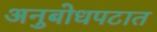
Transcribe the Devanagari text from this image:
अनुबोधपटात